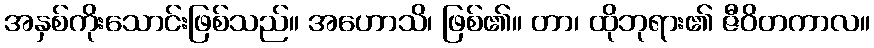
အနှစ်ကိုးသောင်းဖြစ်သည်။ အဟောသိ၊ ဖြစ်၏။ တာ၊ ထိုဘုရား၏ ဇီဝိတကာလ။